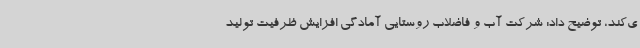
ی‌کند، توضیح داد: شرکت آب و فاضلاب روستایی آمادگی افزایش ظرفیت تولید